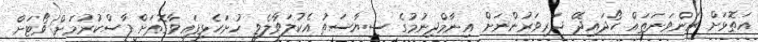
އަތޮޅަށް ރަންވަނަތައް ހޯދައިދޭ ދަރިވަރުންނަށް އިނާމްދިނުމުގެ ސިޔާސަތު އެކުލަވާލެވި ހުށަހެޅިފައިވާގޮތަށް ފާސްކުރުމަށް ވޯޓަށް